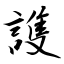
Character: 謢